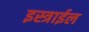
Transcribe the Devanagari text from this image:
इस्त्राईल